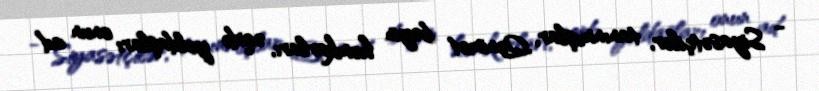
- Siyasətçilər, tanınmışlar, Qənimət bəyin həmkarları, əqidə yoldaşları onun ad